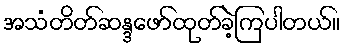
အသံတိတ်ဆန္ဒဖော်ထုတ်ခဲ့ကြပါတယ်။